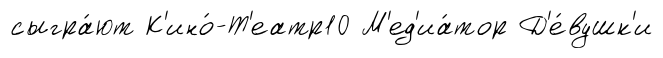
сыгра́ют К'ино́-Т'еатр10 М'ед'иа́тор Д'е́вушк'и